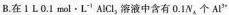
B.在1L0.1mol·L^{-1} AlCl_{3}溶液中含有0.1N_{A}个Al^{3+}